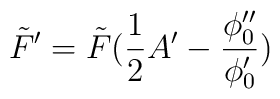
\tilde{F}'=\tilde{F} (\frac{1}{2} A' -\frac{\phi_0''}{\phi_0'})